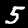
Label: 5